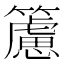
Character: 𥶌